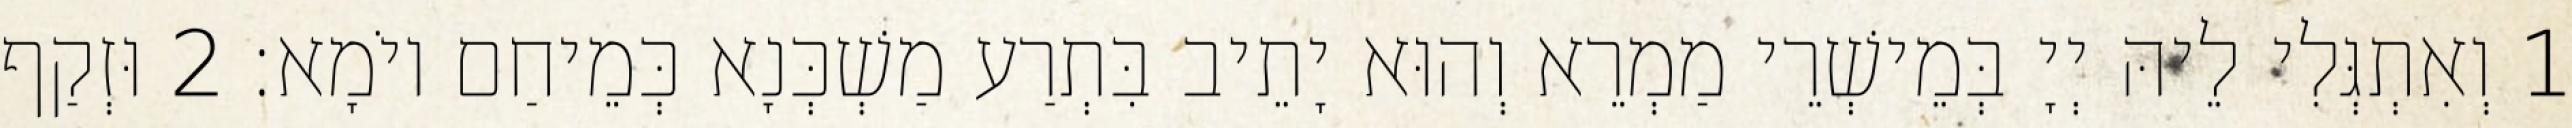
1 וְאִתְגְּלִי לֵיהּ יְיָ בְּמֵישְׁרֵי מַמְרֵא וְהוּא יָתֵיב בִּתְרַע מַשְׁכְּנָא כְּמֵיחַם יוֹמָא׃ 2 וּזְקַף